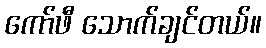
ကော်ဖီ သောက်ချင်တယ်။